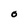
Character: O